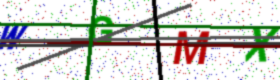
Text: WGMX